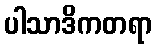
ပါသာဒိကတရာ